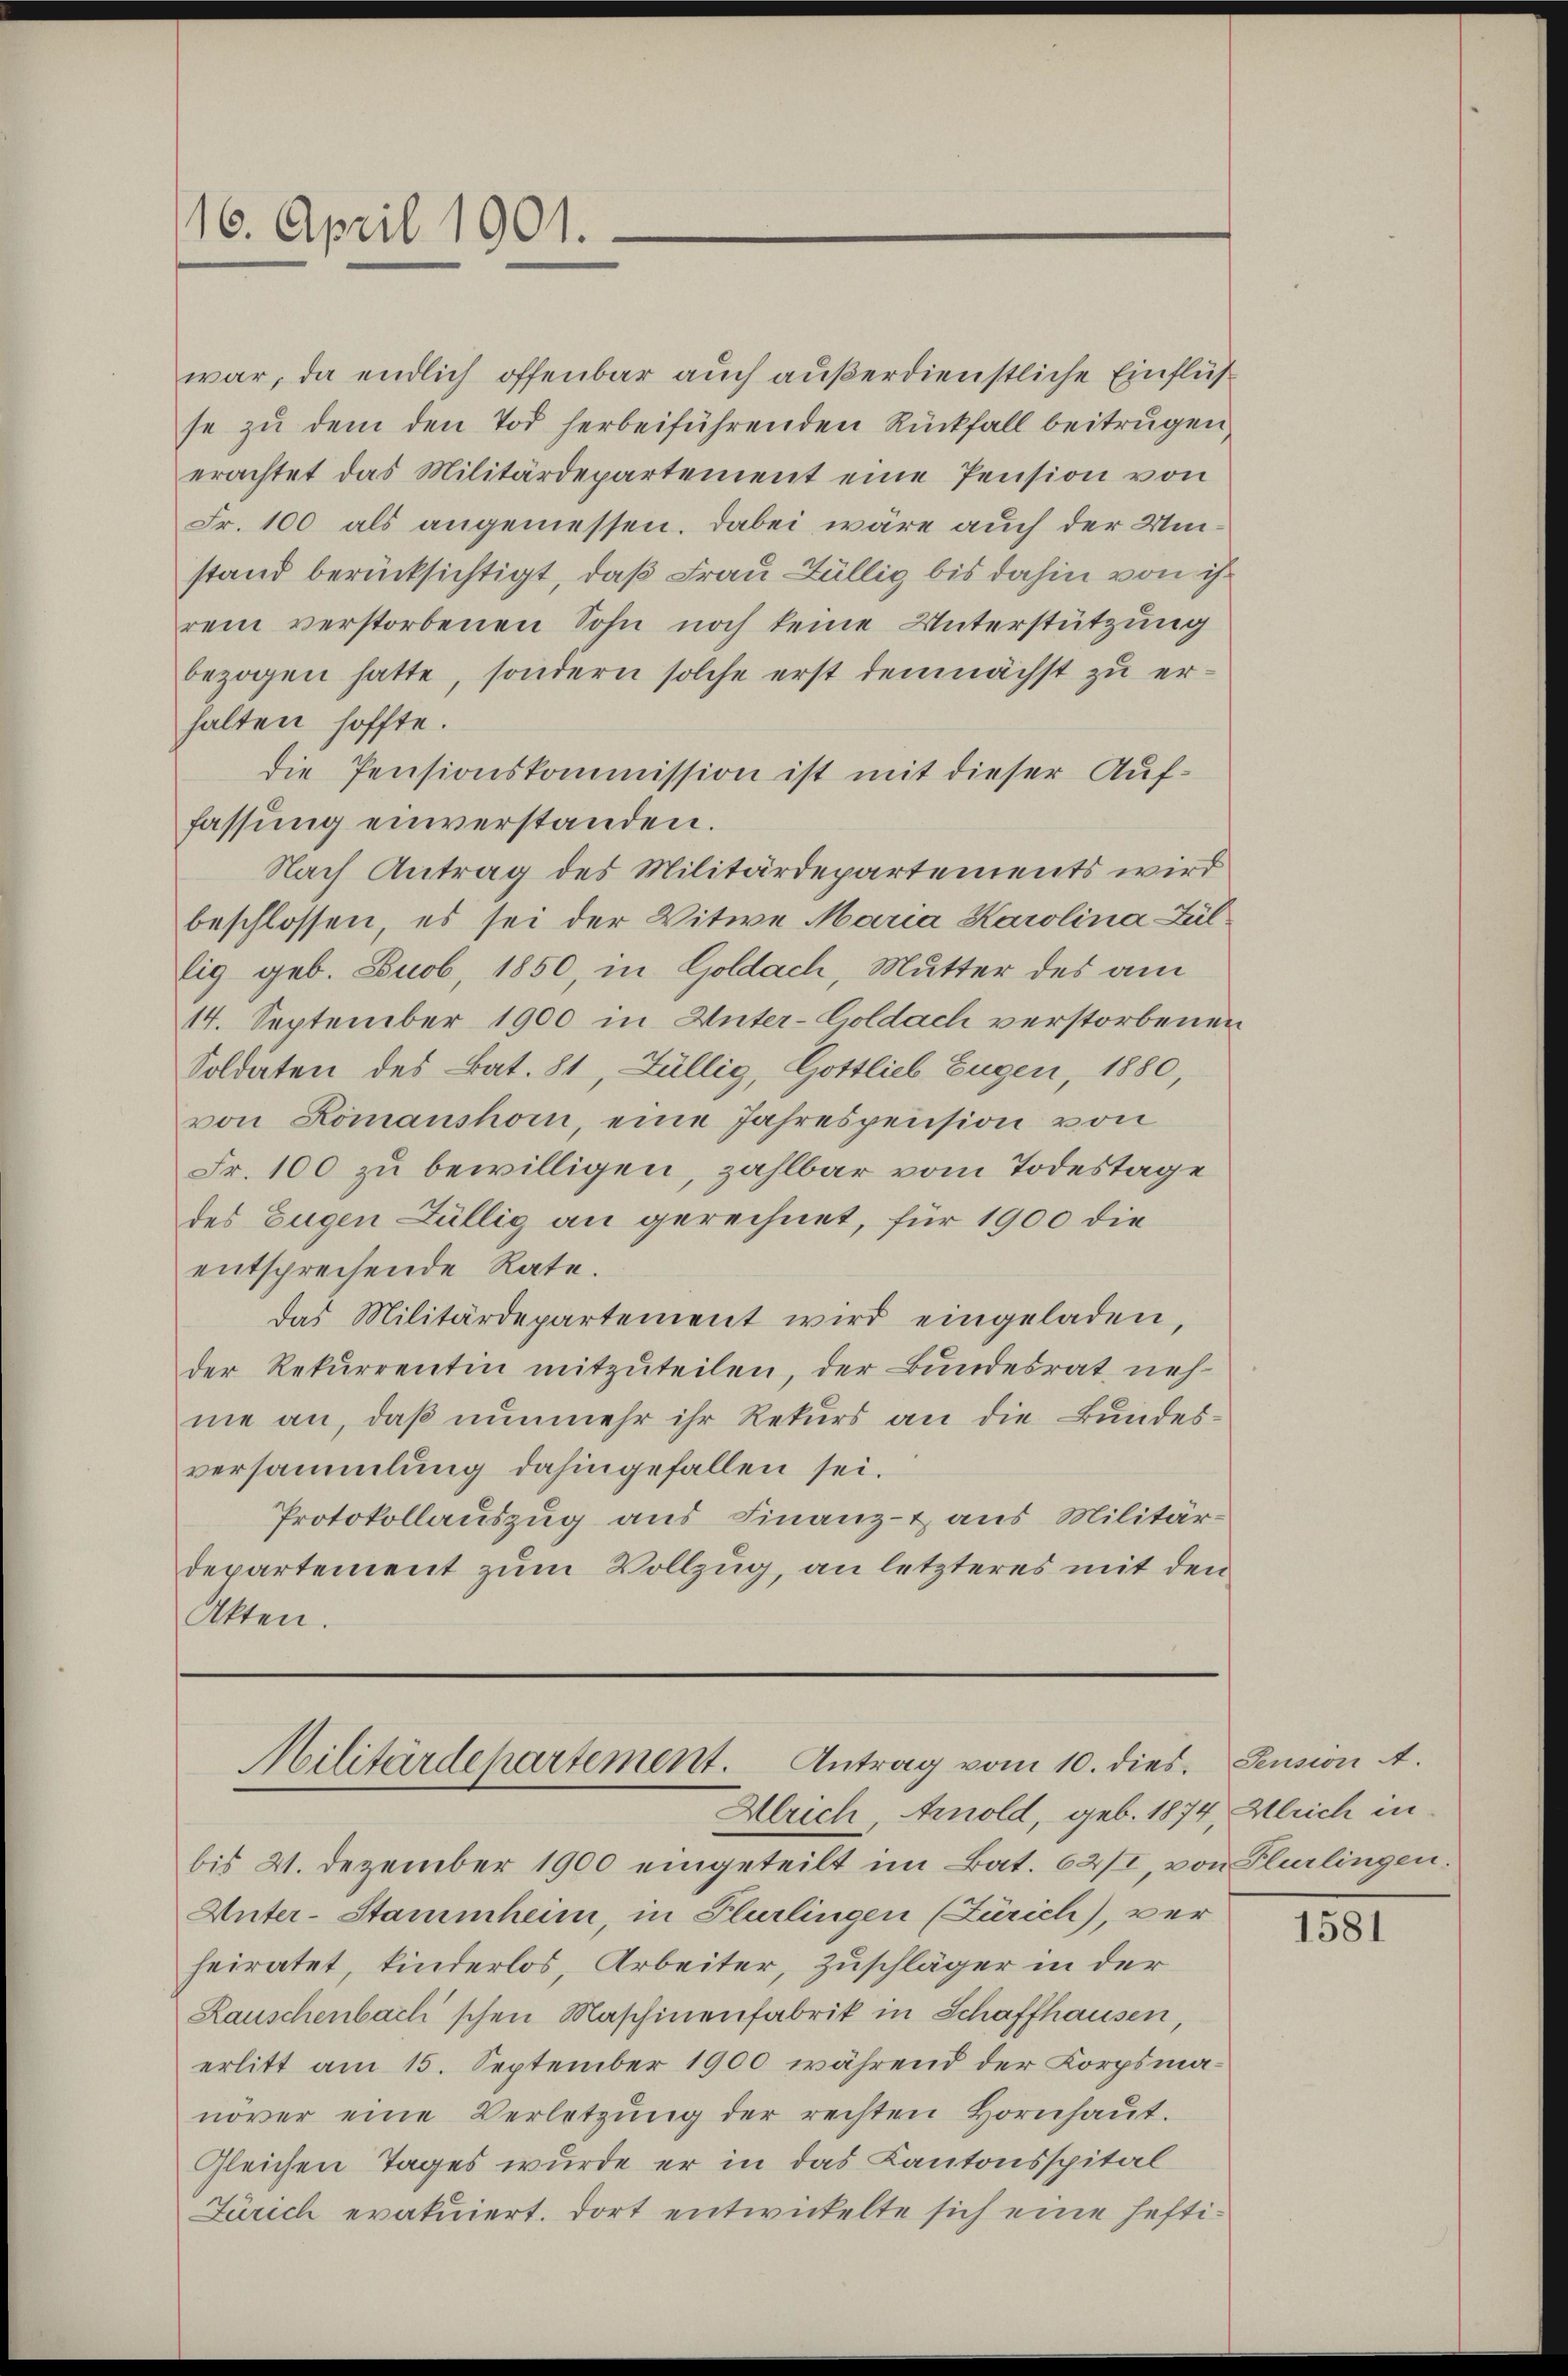
16. April 1901.

war, da endlich offenbar auch außerdienstliche Einflüß
se zu dem den Tod herbeiführenden Rückfall beitrugen,
erachtet das Militärdepartement eine Pension von
Fr. 100 als angemessen. Dabei wäre auch der Umstand berücksichtigt, daß Frau Züllig bis dahin von ihr
rem verstorbenen Sohn noch keine Unterstützung
bezogen hatte, sondern solche erst demnächst zu erhalten hoffte.
die Pensionskommission ist mit dieser Auffassung einverstanden.
Nach Antrag des Militärdepartements wird
beschlossen, es sei der Witwe Maria Karolina Züllig geb. Buob, 1850, in Goldach, Mutter des am
14. September 1900 in Unter-Goldach verstorbenen
Soldaten des Bat. 81, Züllig, Gottlieb Eugen, 1880,
von Romanshorn, eine Jahrespension von
Fr. 100 zu bewilligen, zahlbar vom Todestage
des Eugen Züllig an gerechnet, für 1900 die
entsprechende Rate.
das Militärdepartement wird eingeladen,
der Rekurrentin mitzuteilen, der Bundesrat nehne an, daß nunmehr ihr Rekurs an die Bundesversammlung dahingefallen sei.
Protokollauszug aus Finanz- & aus Militär-
departement zum Vollzug, an letzteres mit den
Akten.

Militärdepartement. Antrag vom 10. dies
Ulrich, Arnold, geb. 1874, Gleich in

bis 21. Dezember 1900 eingeteilt im Bat. 62/I, von Plurlingen.
Unter-Stammheim, in Plurlingen (Zürich), ver
heiratet, kinderlos Arbeiter, Zuschläger in der
Rauschenbach schen Maschinenfabrik in Schaffhausen,
erlitt am 15. September 1900 während der Korpsma-
növer eine Verletzŭng der rechten Hornhaŭt.
Gleichen Tages wurde er in das Kantonsspital
Zürich evakuiert. Dort entwickelte sich eine hefti¬

Pension A.

1581